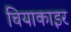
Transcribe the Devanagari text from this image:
चियाकाइर